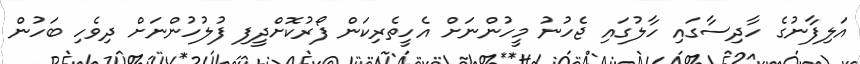
އަލިފާނުގެ ހާދިސާގައި ހާލުގައި ޖެހުނު މީހުންނަށް އެހީތެރިކަން ފޯރުކޮށްދީފި ފުލުހުންނަށް ދިވެހި ބަހުން